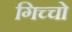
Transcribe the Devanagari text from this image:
गिच्चो